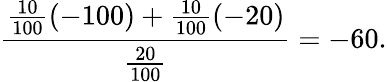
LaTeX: {\frac{{\frac{10}{100}}(-100)+{\frac{10}{100}}(-20)}{\frac{20}{100}}}=-60.